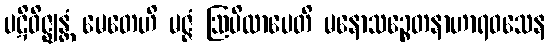
ပဋိဝိဇ္ဈန္တံ မေတေဟိ မဇ္ဇံ ဩပိလာပေတိ မနောသဉ္စေတနာဟာရဝသေန